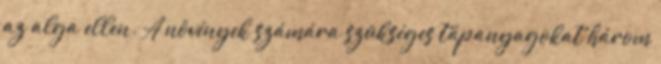
az alga ellen. A növények számára szükséges tápanyagokat három